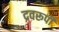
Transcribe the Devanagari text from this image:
द्रवरूपी